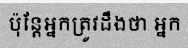
ប៉ុន្តែអ្នកត្រូវដឹងថា អ្នក